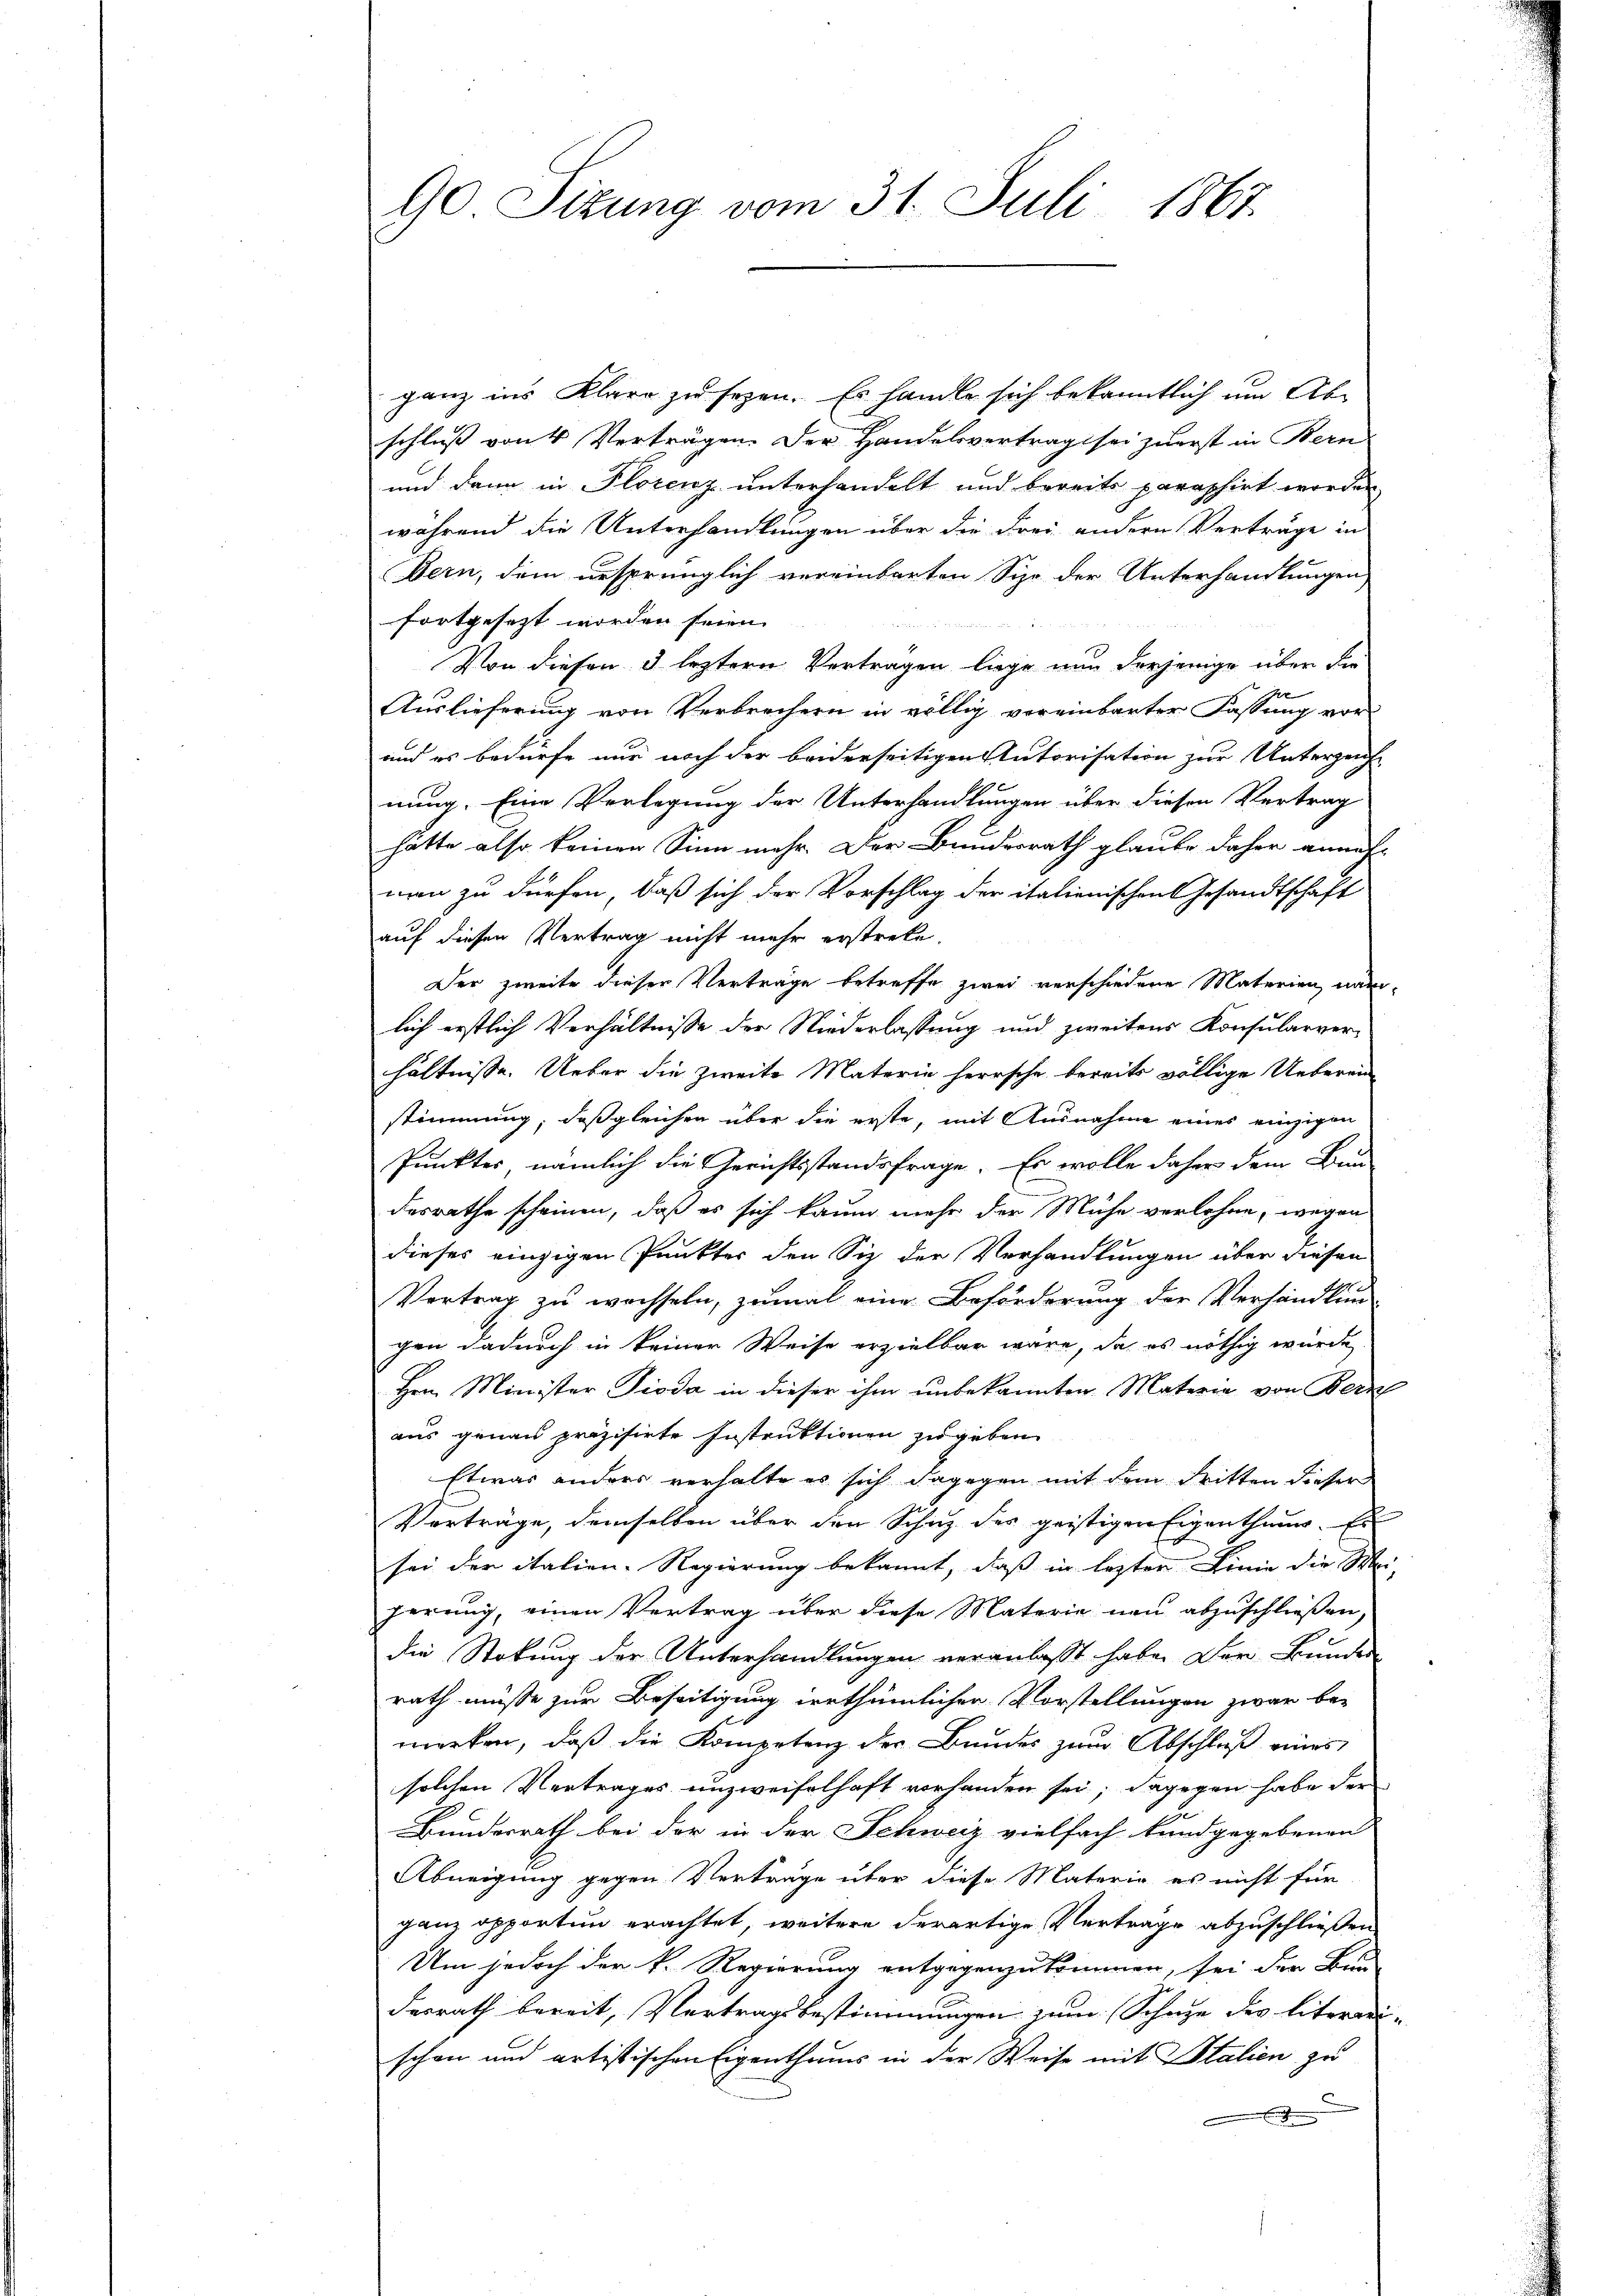
90 Sizung vom 31. Juli 1867.

ganz ins Klare zu sezen. Es handle sich bekanntlich um Ab-
schluß von 4 Verträgen. Der Handelsvertrag sei zuerst in Bern
und dann in Plorenz unterhandelt und bereits paraphirt worden
während die Unterhandlungen über die drei andern Verträge in
Dern, dem ursprünglich vereinbarten Sizo der Unterhandlungen
fortgesezt worden seien.

Von diesen 3 leztere Vertragen liege nun derjenige über die
Auslieferung von Verbrechern in völlig voreinbarter Fassung vor-
und es bedürfe nur noch der beiderseitigen Autorisation zur Unterzeich-
nung. Eine Verlegung der Unterhandlungen über diesen Vertrag
hätte also keiner Sinn mehr. Der Bundesrath glaube daher anneh-
nn zu dürfen, daß sich der Vorschlag der italienischen Gesandtschaft
auf diesen Vertrag nicht mehr erstrete.
Der zweite dieser Verträge betreffe zwei verschiedene Materien, näm-
lich erstlich Verhältnisse der Niederlassung und zweitens Konsularverhältnisse. Ueber die zweite Materie herrsche bereits völlige Ueberein
stimmung, daß gleichen über die erste, mit Ausnahme eines einzigen
Punktes, nämlich die Gerichtsstandsfrage. Er wolle daher dem Bun-
desrathe scheinen, daß es sich kaum mehr der Mühe verlohne, wegen
dieses einzigen Punkter den Siz der Verhandlungen über diesen
Vertrag zu wachseln, zumal eine Beförderung der Verhandlun
gen dadurch in keiner Weise erzielbar wäre, da es nöthig würde
Hrn. Minister Pioda in dieser ihm unbekannten Materie von Bernh
aus genau präzisirte Instruktionen zugeben
Etwas anders verhalte es sich dagegen mit dem dritten dieser
Verträge, demselben über den Schutz des geistigen Eigenthum. Es
sei der italien-Regierung bekannt, daß in lezter Linie die Mei-
herung, einen Vertrag über diese Materie neu abzuschließen,
die Stokung der Unterhandlungen veranlasst habe. Der Bunder
rath müsse zur Beseitigung irrthümlichen Vorstellungen zwar be-
merken, daß die Kompetenz der Bundes zum Abschluß eines
solchen Vertrages unzweifelhaft vorhanden sei; dagegen habe der
Bundesrath bei der in der Schweiz vielfach kundgegebenen
Abneigung gegen Verträge über diese Materie es nicht für
ganz opporten erachtet, weitere derartige Verträge abzuschließen
Um jedoch der k. Regierung entgegenzukommen, sei der Bun-
desrath bereit, Vertragsbestimmungen zum Schaze des literrei-
schon und artistischen Eigenthums in der Weise mit Italien zu
e
.